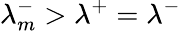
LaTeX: \lambda_{m}^{-}>\lambda^{+}=\lambda^{-}